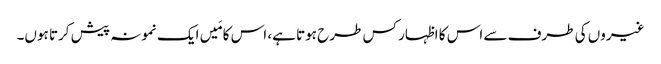
غیروں کی طرف سے اس کا اظہار کس طرح ہوتا ہے، اس کا مَیں ایک نمونہ پیش کرتا ہوں۔